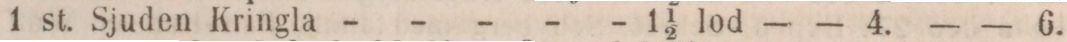
1 st. Sjuden Kringla - - - - - 1 1/2 lod    — — 4.    — — 6.